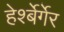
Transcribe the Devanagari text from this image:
हेर्श्बेर्गेर